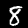
Digit: 8